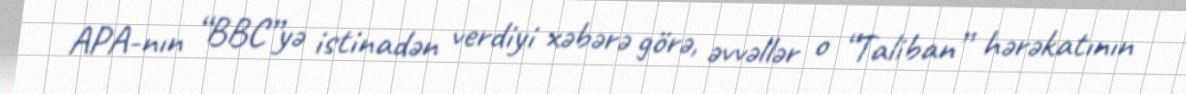
APA-nın “BBC”yə istinadən verdiyi xəbərə görə, əvvəllər o “Taliban” hərəkatının